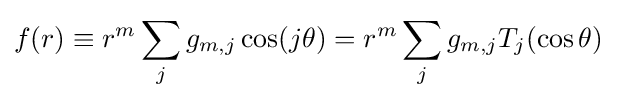
f(r)\equiv r^{m}\sum _{j}g_{m,j}\cos(j\theta )=r^{m}\sum _{j}g_{m,j}T_{j}(\cos \theta )